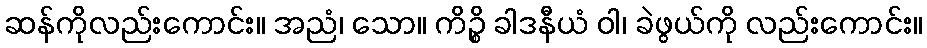
ဆန်ကိုလည်းကောင်း။ အညံ၊ သော။ ကိဉ္စိ ခါဒနီယံ ဝါ၊ ခဲဖွယ်ကို လည်းကောင်း။